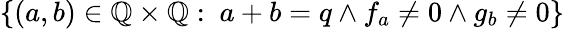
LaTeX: \{ (a,b)\in\mathbb{Q}\times\mathbb{Q}:\ a+b=q\wedge f_{a}\neq 0\wedge g_{b}\neq 0\}